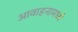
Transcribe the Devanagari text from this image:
आवाहनामध्ये